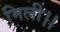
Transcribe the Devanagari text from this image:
मिली।।